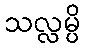
သလ္လမ္ပိ